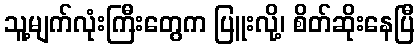
သူ့မျက်လုံးကြီးတွေက ပြူးလို့၊ စိတ်ဆိုးနေပြီ